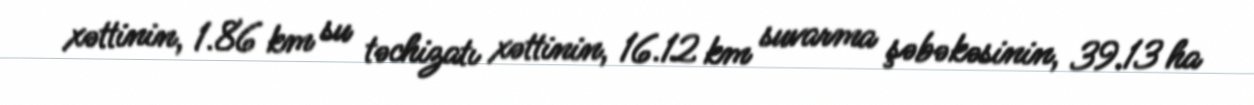
xəttinin, 1.86 km su təchizatı xəttinin, 16.12 km suvarma şəbəkəsinin, 39.13 ha